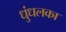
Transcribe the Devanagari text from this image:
धुंधलका